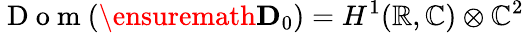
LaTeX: \mathrm{~D~o~m~}(\ensuremath{\mathbf{D}}_{0})=H^{1}(\mathbb{R},\mathbb{C})\otimes\mathbb{C}^{2}